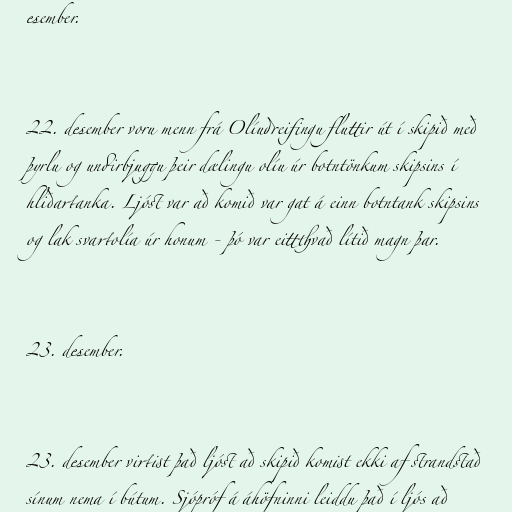
esember.

22. desember voru menn frá Olíudreifingu fluttir út í skipið með
þyrlu og undirbjuggu þeir dælingu olíu úr botntönkum skipsins í
hliðartanka. Ljóst var að komið var gat á einn botntank skipsins
og lak svartolía úr honum - þó var eittthvað lítið magn þar.

23. desember.

23. desember virtist það ljóst að skipið komist ekki af strandstað
sínum nema í bútum. Sjópróf á áhöfninni leiddu það í ljós að